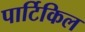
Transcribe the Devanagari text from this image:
पार्टिकिल